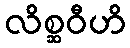
လိစ္ဆဝီဟိ